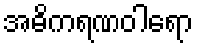
အဓိကရဏဝါရော